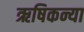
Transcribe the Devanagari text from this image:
ऋषिकन्या